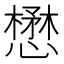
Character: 懋